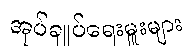
အုပ်ချုပ်ရေးမှူးများ